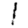
Digit: 1